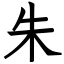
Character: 朱